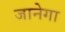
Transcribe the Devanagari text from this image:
जानेगा